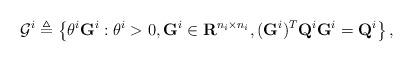
LaTeX: \begin{align*}\mathcal{G}^i \triangleq \left\{\theta^i \mathbf{G}^i: \theta^i>0, \mathbf{G}^i \in \mathbf{R}^{n_i\times n_i}, (\mathbf{G}^i)^T \mathbf{Q}^i \mathbf{G}^i = \mathbf{Q}^i \right\},\end{align*}